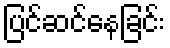
ပြင်ဆင်နေခြင်း